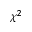
\chi ^ { 2 }